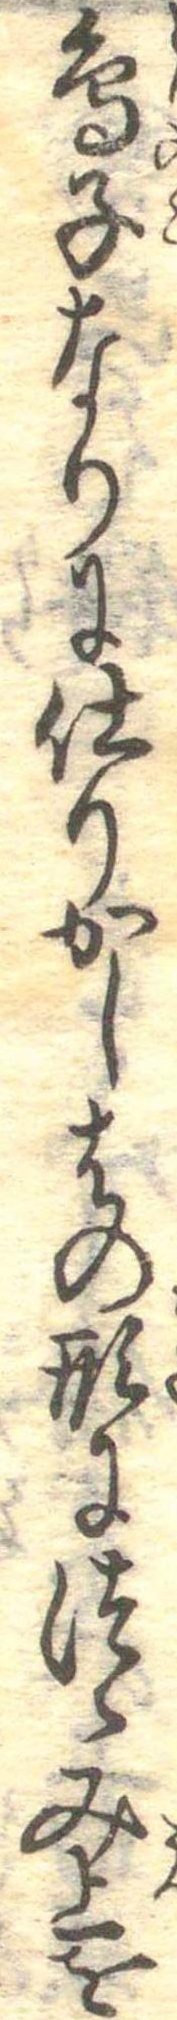
鳥子なりに仕りかしはの形につゝみ上を